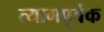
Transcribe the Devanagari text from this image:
त्यागपूर्वक